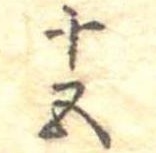
十五